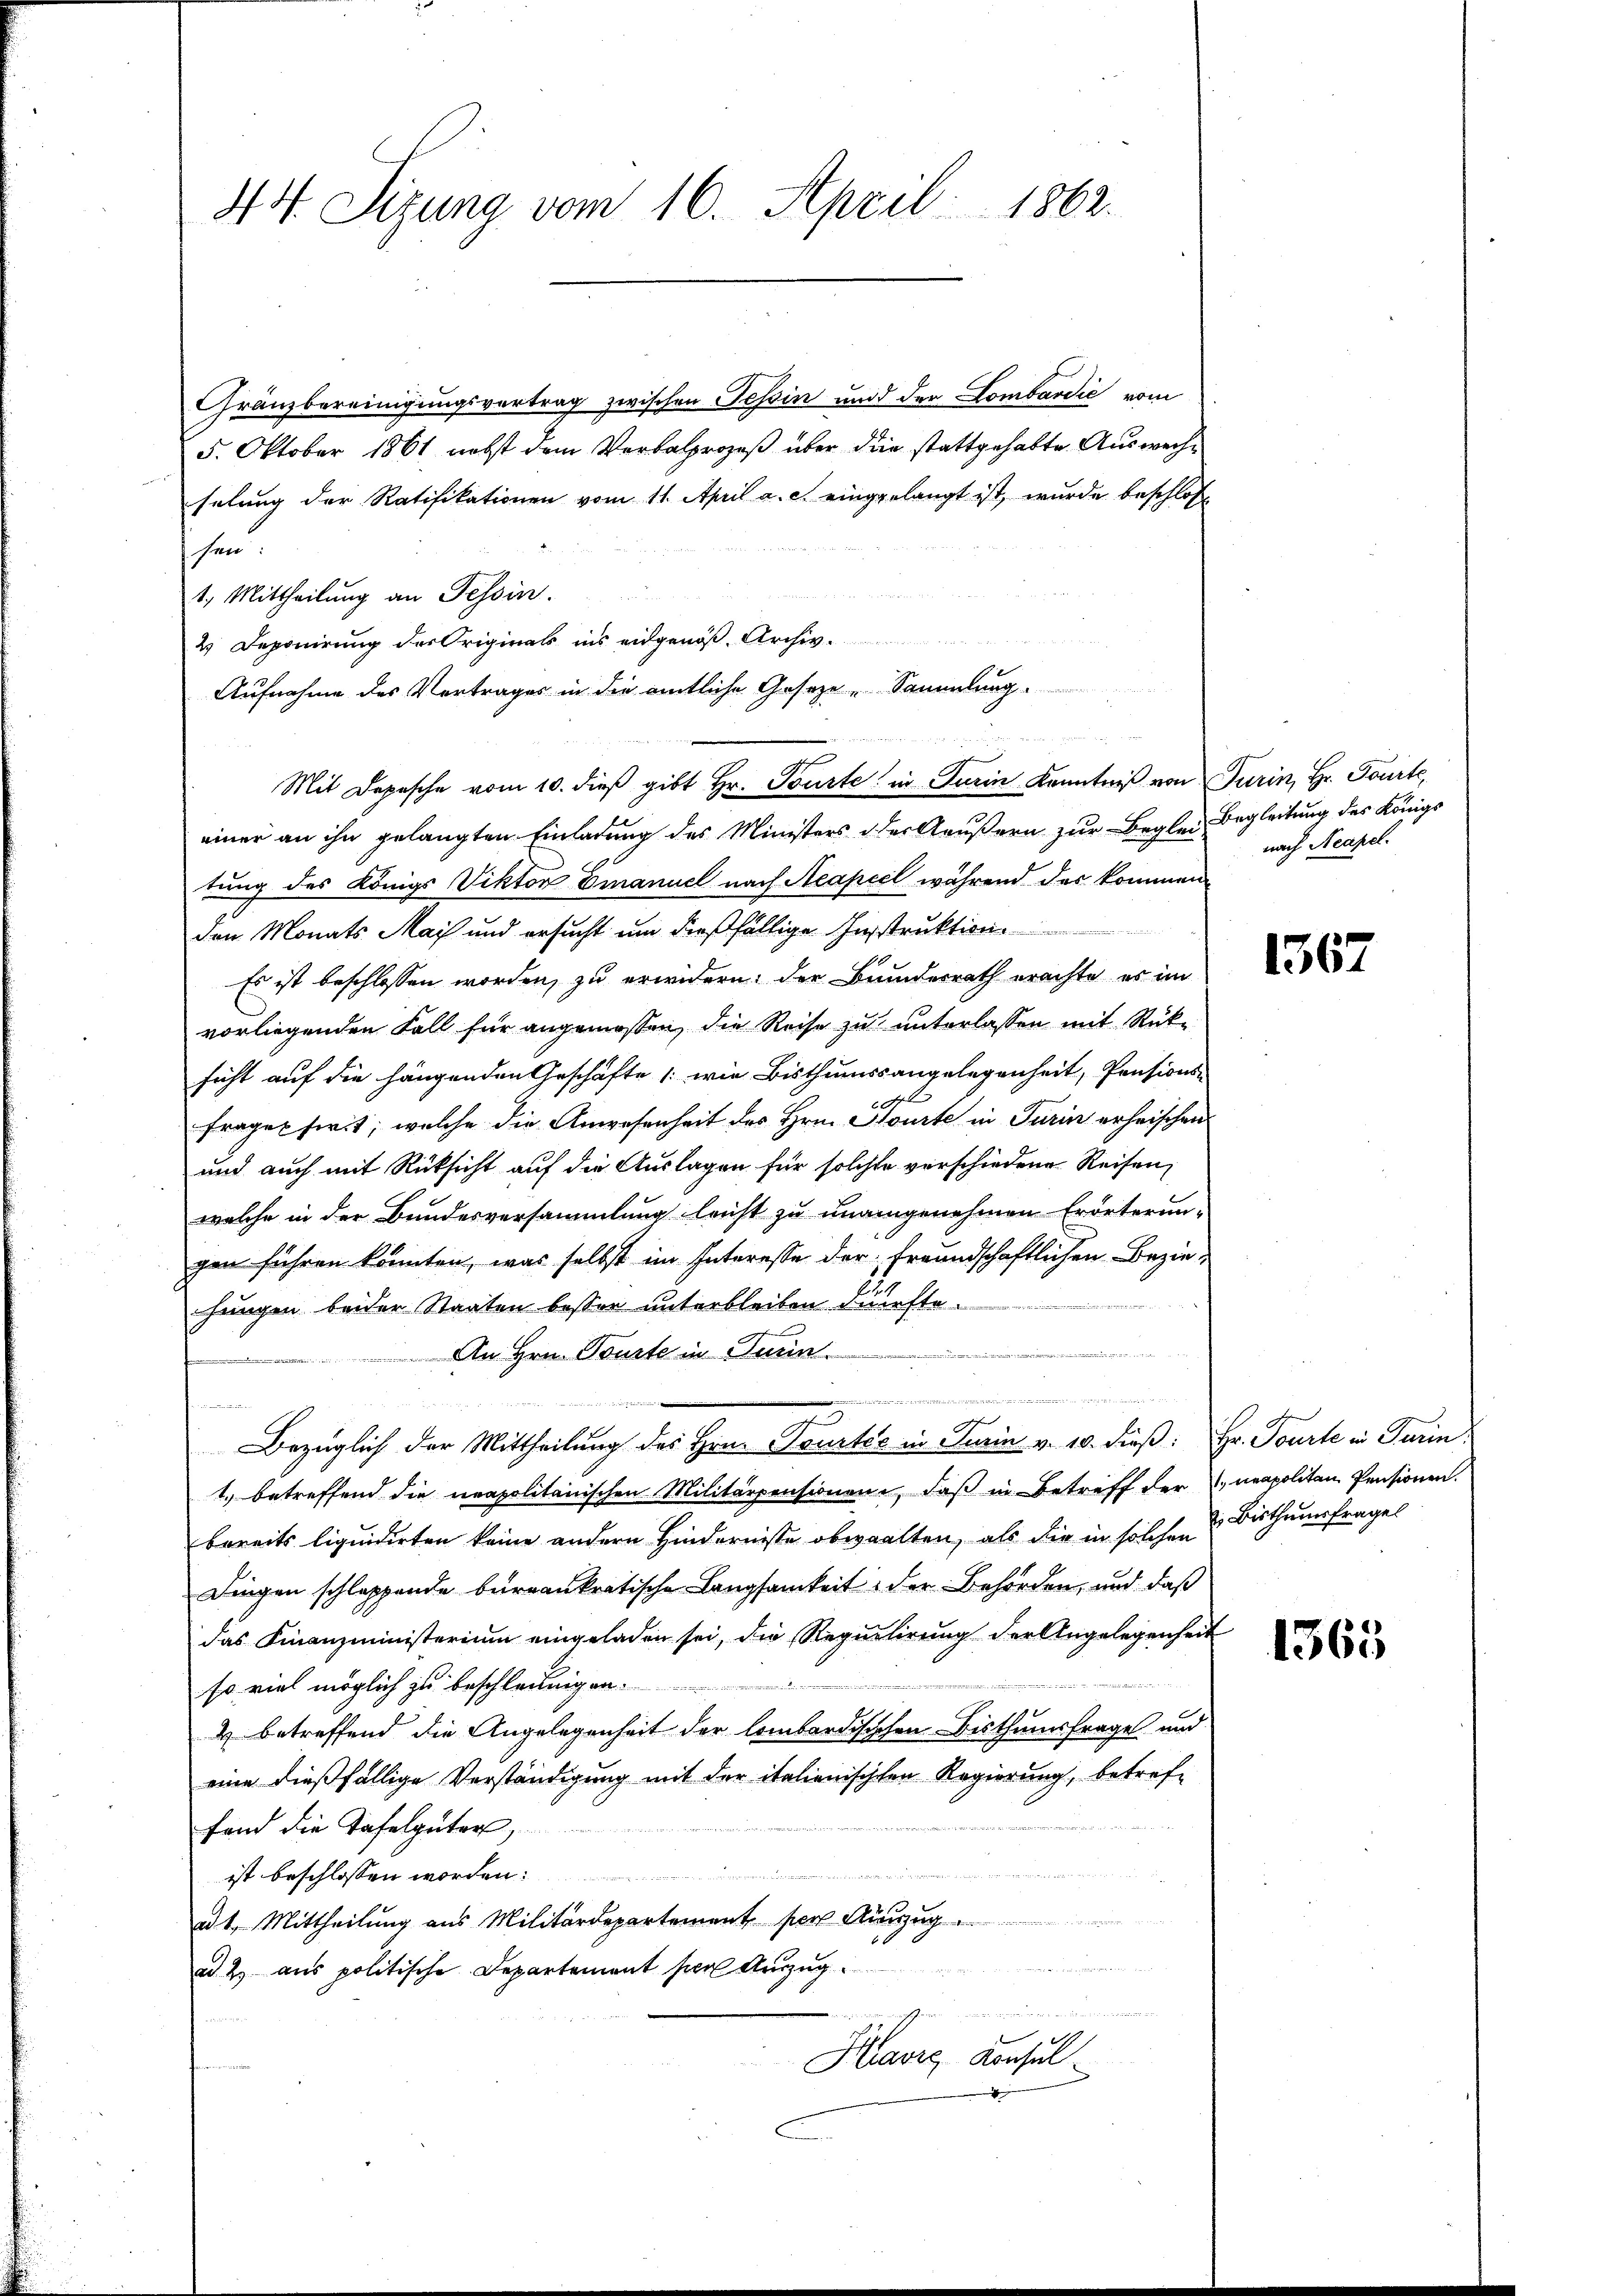
44. Sizung vom 16. April 1862.

Gränzbereinigungsvertrag zwischen Tessin und der Lombardić vom
5. Oktober 1861 nebst dem Verbalprozeß über die stattgehabte Auswechselung der Ratifikationen vom 11. April a. c. eingelangt ist, wurde beschloße
schen
1.) Mittheilung an Tessin.
u
2 Deponirung der Origirats ins eidgenöß Archiv.
Aufnahme des Vertrages in die amtliche Gesetze „Sammlung.
einer an ihn gelangten Einladung des Ministers der Aeußern zur Beglei Begleitung des Königs
tung des Königl Viktor Emanuel nach Aeapiel während das kommen
den Monats Mai und ersucht um dießfällige Instruktion.
Es ist beschlossen worden, zu erwidern, der Bundesrath erachte es im
vorliegenden Fall für angemessen, die Reise zu unterlassen mit Rücksicht auf die hängenden Geschäfte (wie Bisthumssangelegenheit, Pensions-
tl
d
frages firt; welche die Anwesenheit des Hrn. Sourte in Turin erheischen
und auch mit Rücksicht auf die Auslagen für solcher verschiedene Reisen,
welche in der Bundesversammlung leicht zu unangenehmen Erörterungen führen könnten, was selbst im Interesse der freundschaftlichen Beziehungen beider Staaten besser unterbleiben dürfte.

An Hrn. Tourte in Turin
.

Bezüglich der Mittheilung des Hrn. Tourtić in Turin v. 10. dieß:
1.) betreffend die neapolitanischen Militärpensionen, daß in Betreff der
bereits liquidirten keine andern Hindernisse obwalten, als die in solchen Bisthumsfrages
Dingen schlappende bernaukratische Langsamkeit der Behörden, und daß
das Finanzministerium eingeladen sei, die Requilirung der Angelegenheit
au
so viel möglich zu beschleunigen.
4 betreffend die Angelegenheit der lombardisischen Bisthumsfrage und
eine dießfällige Verständigung mit der italienischten Regierung, betref¬

fand die Tafelgüten,
.
ist beschlossen worden:
ad 1. Mittheilung aus Militärdepartement per Auszug
n
a. 2) aus politische Departement hier Auszug.

e
Havre Konsul-

Mit Depesche vom 10. dieß gibt Hr. Tourte in Turin Kenntniß von Turin, Hr. Tourte,

nach Acapel.

1367

Hr. Tourte in Turin
 neapoliten Pensionen.

1365